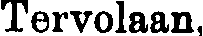
Tervolaan,